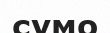
сумо